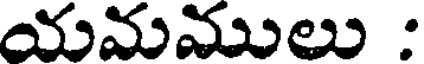
యమములు :